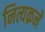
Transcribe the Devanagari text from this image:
नित्यक्रमे